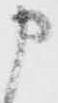
申